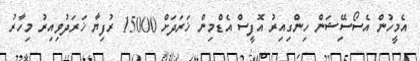
އެމީހުން އެސޯސިޭޝަން ހިންގިއިރު އޮފީސް އެޑްމިން ޚަރަދަށް 15000 ރުފިޔާ ޚަރަދުވިއިރު މިހާރު